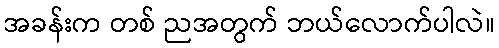
အခန်းက တစ် ညအတွက် ဘယ်လောက်ပါလဲ။